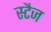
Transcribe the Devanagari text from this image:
स्टैज